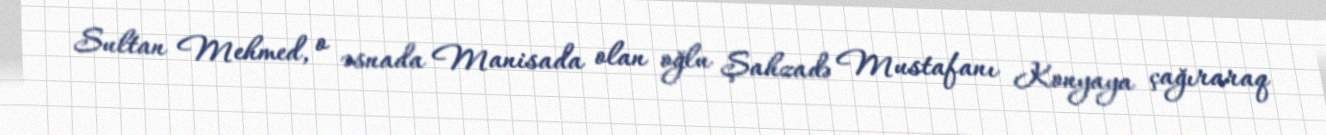
Sultan Mehmed, o əsnada Manisada olan oğlu Şahzadə Mustafanı Konyaya çağıraraq